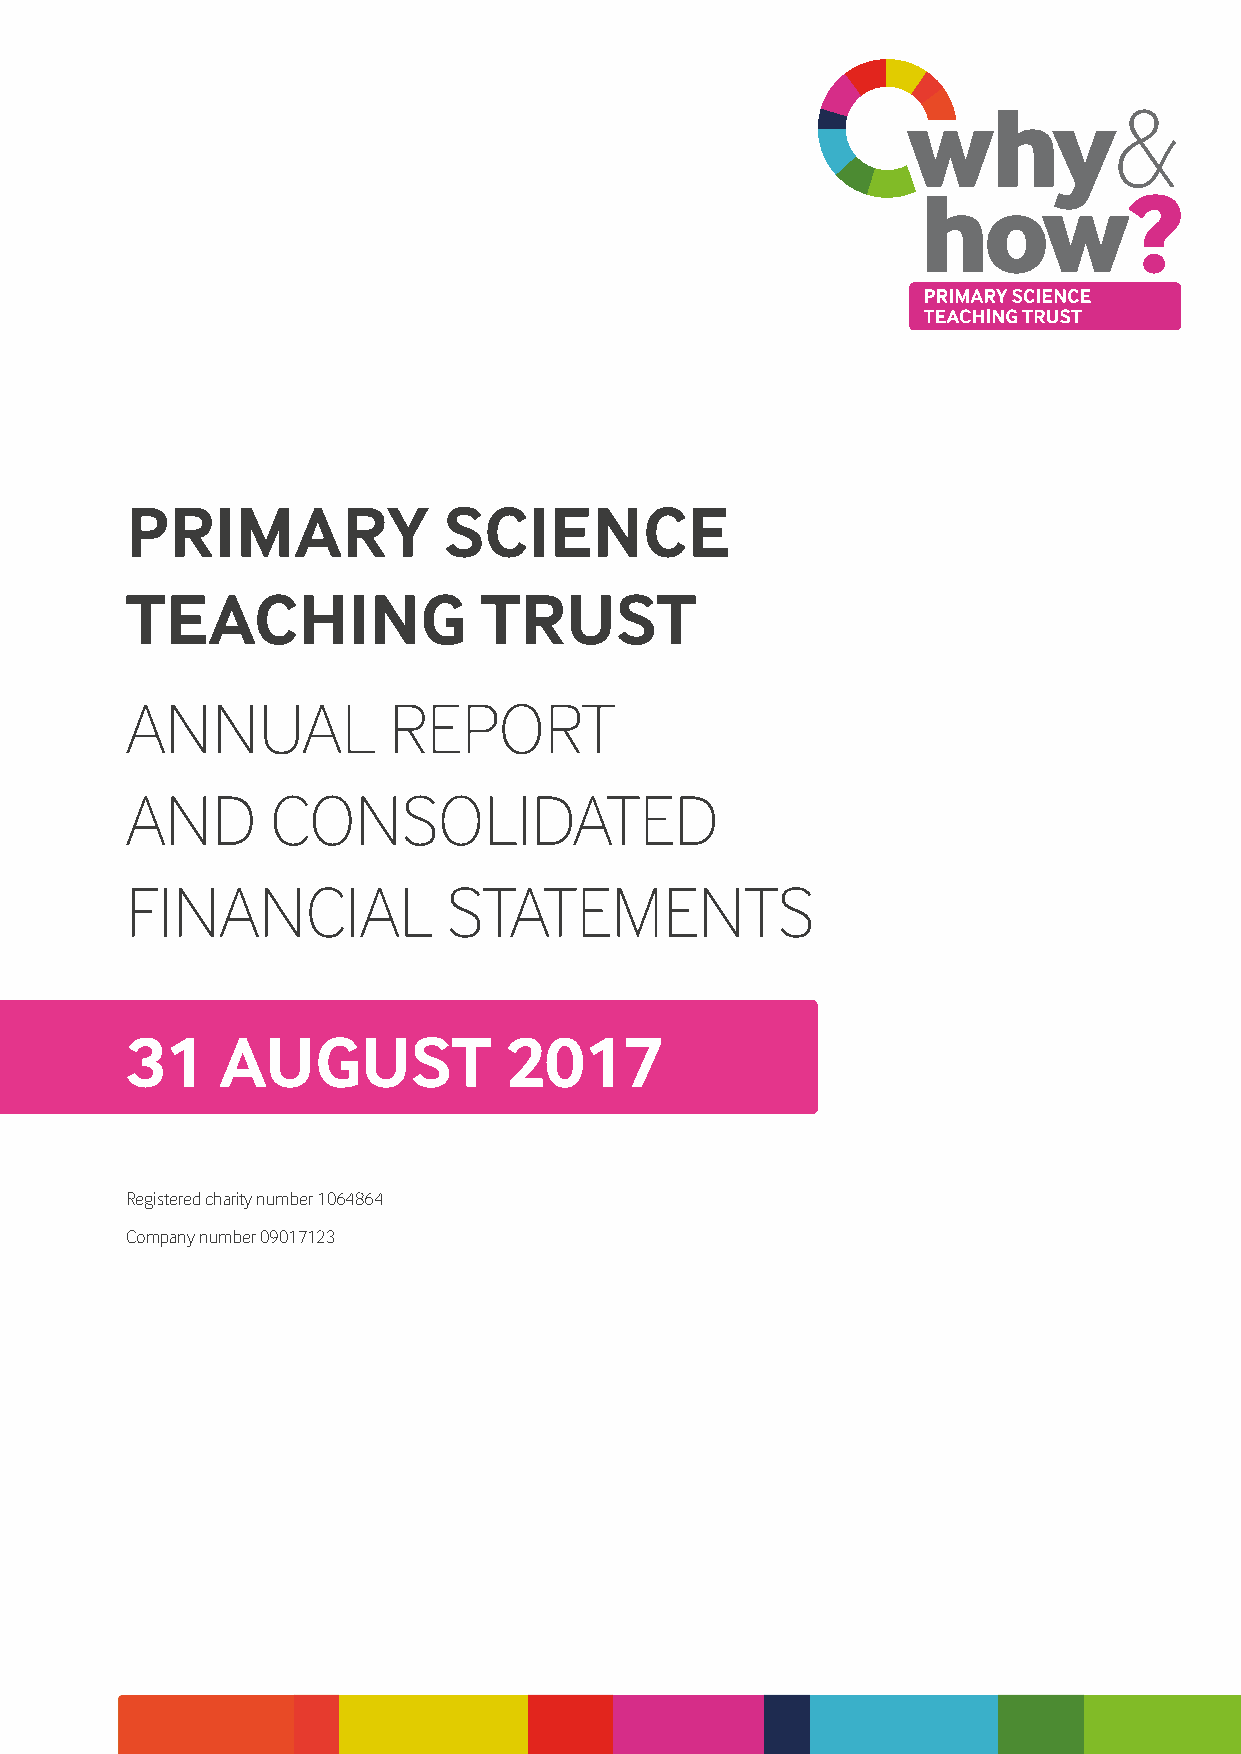
why&
 how?
 PRIMARY              SCIENCE
 TEACHING                TRUST
 ANNUAL            REPORT
 AND       CONSOLIDATED
 FINANCIAL             STATEMENTS
 31     AUGUST            2017
 Registered charity number 1064864
 Company number 09017123